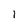
Character: 1